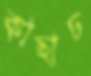
কাছাঢ